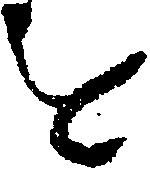
を